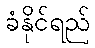
ခံနိုင်ရည်